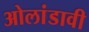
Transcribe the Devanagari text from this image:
ओलांडावी